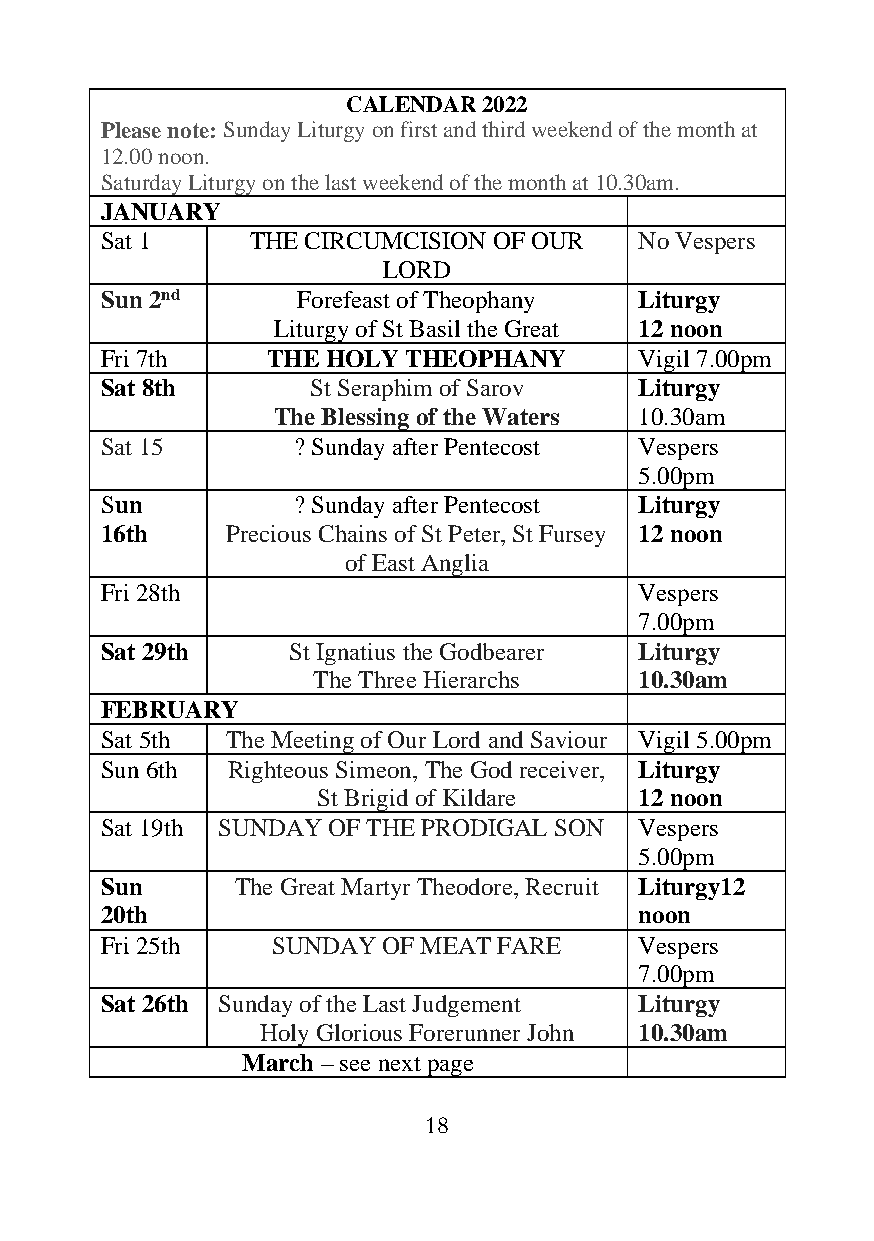
CALENDAR 2022
 Please note: Sunday Liturgy on first and third weekend of the month at
 12.00 noon.
 Saturday Liturgy on the last weekend of the month at 10.30am.
 JANUARY
 Sat 1     THE CIRCUMCISION OF OUR  No Vespers
 LORD
 Sun 2nd      Forefeast of Theophany Liturgy
 Liturgy of St Basil the Great 12 noon
 Fri 7th    THE HOLY THEOPHANY      Vigil 7.00pm
 Sat 8th      St Seraphim of Sarov  Liturgy
 The Blessing of the Waters 10.30am
 Sat 15      ? Sunday after Pentecost Vespers
 5.00pm
 Sun         ? Sunday after Pentecost Liturgy
 16th    Precious Chains of St Peter, St Fursey 12 noon
 of East Anglia
 Fri 28th                           Vespers
 7.00pm
 Sat 29th    St Ignatius the Godbearer Liturgy
 The Three Hierarchs  10.30am
 FEBRUARY
 Sat 5th The Meeting of Our Lord and Saviour Vigil 5.00pm
 Sun 6th Righteous Simeon, The God receiver, Liturgy
 St Brigid of Kildare 12 noon
 Sat 19th SUNDAY OF THE PRODIGAL SON Vespers
 5.00pm
 Sun      The Great Martyr Theodore, Recruit Liturgy12
 20th                               noon
 Fri 25th   SUNDAY OF MEAT FARE     Vespers
 7.00pm
 Sat 26th Sunday of the Last Judgement Liturgy
 Holy Glorious Forerunner John 10.30am
 March – see next page
 18